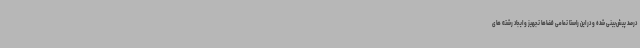
درصد پیش‌بینی شده و در این راستا تمامی فضاها تجهیز و ایجاد رشته های